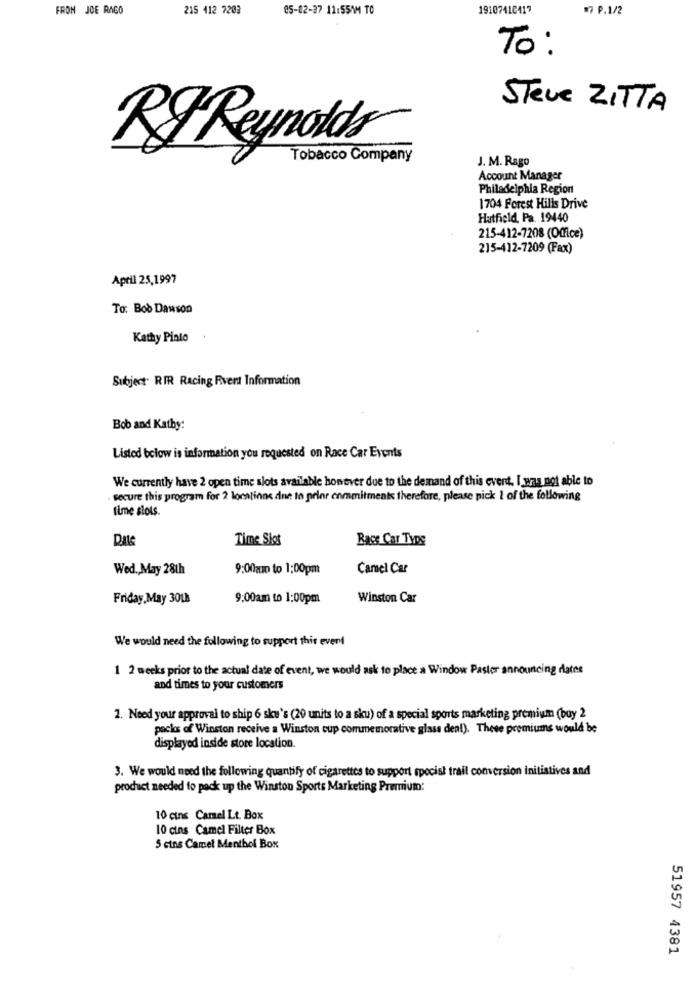
FRON JOE RAGO
215 412 7203
05-02-37 11:55AM TO
19107410417
07 P.1/2
To:
Steve ZITTA
RIReynolds
Tobacco Company
J. M. Rago
Account Manager
Philadelphia Region
1704 Forest Hills Drive
Hatfield, Pa. 19440
215-412-7208 (Office)
215-412-7209 (Fax)
April 25,1997
To: Bob Dawson
Kathy Pinto
Subject RIR Racing Rivent Information
Bob and Katby:
Listed below is information you requested on Race Car Events
We currently have 2 open time slots available however due to the demand of this event. I was not able to
secure this program for 2 locations due to prler commitments therefore, please pick I of the following
time slots.
DALS
Time Skes
Race Car Type
Wed ., May 28th
9:00mp to 1:00pm
Camel Car
Friday,May 30LB
9:00am to 1:00pm
Winston Car
We would need the following to support this event
1 2 weeks prior to the actual date of event, we would ask to place a Window Pastor announcing dates
and times to your customers
1. Need your approval to ship 6 ske's (20 units to a sku) of a special sports marketing premium (buy 2
packs of Winston receive a Winston cup commemorative glass deal). These premiums would be
displayed inside store location.
3. We would need the following quantify of cigarettes to support special trail conversion initiatives and
product needed to pack up the Winston Sports Marketing Premium:
10 cins Camel Lt. Box
10 cins Camel Filter Box
5 cins Camel Menthol Box
51957 4381